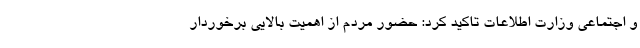
و اجتماعی وزارت اطلاعات تاکید کرد: حضور مردم از اهمیت بالایی برخوردار